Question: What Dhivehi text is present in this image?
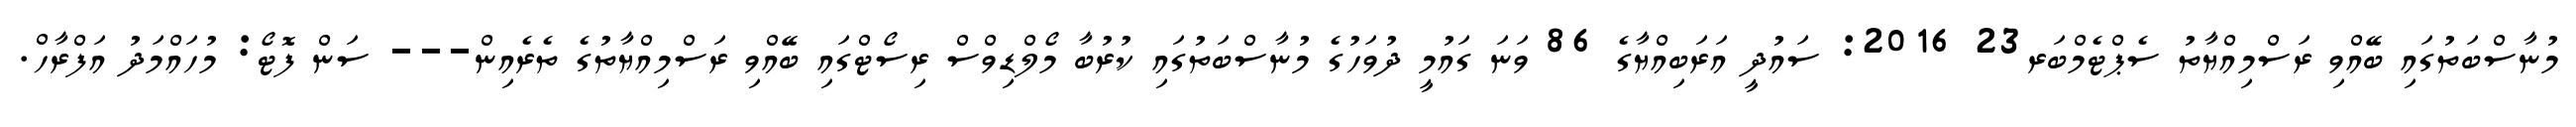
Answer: މުނާސްބަތުގައި ބޭއްވި ރަސްމިއްޔާތު ސެޕްޓެމްބަރ23 2016: ސައުދީ އަރަބިއްޔާގެ 86 ވަނަ ގައުމީ ދުވަހުގެ މުނާސްބަތުގައި ކުރުބާ މޯލްޑިވްސް ރިސޯޓްގައި ބޭއްވި ރަސްމިއްޔާތުގެ ތެރެއިން--- ސަން ފޮޓޯ: މުހައްމަދު އަފްރާހް.